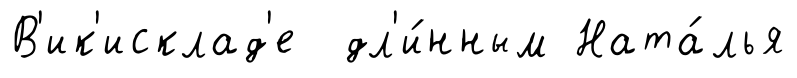
В'ик'исклад'е дл'и́нным Ната́лья